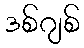
ဒစ်ဂျစ်